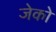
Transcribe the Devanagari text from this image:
जेको